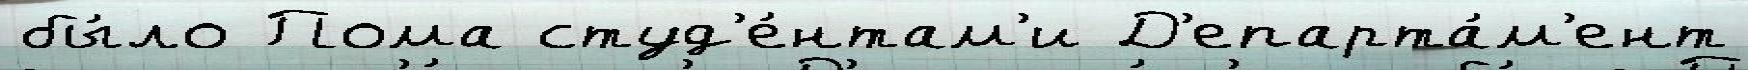
бы́ло Пома студ'е́нтам'и Д'епарта́м'ент